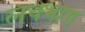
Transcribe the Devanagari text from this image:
लक्भाग